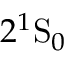
2 ^ { 1 } \mathrm { S } _ { 0 }